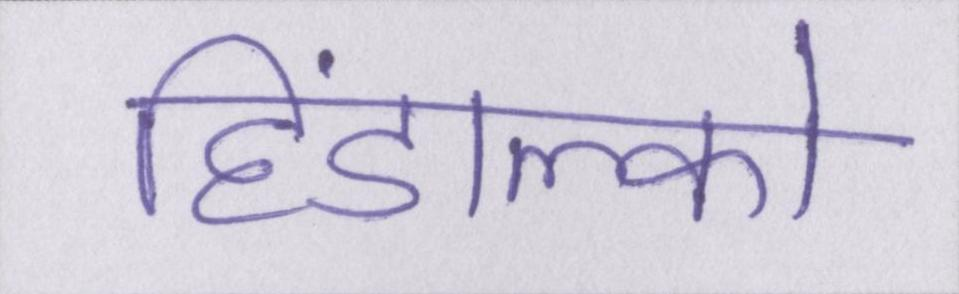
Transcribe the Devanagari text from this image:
हिंडाल्को